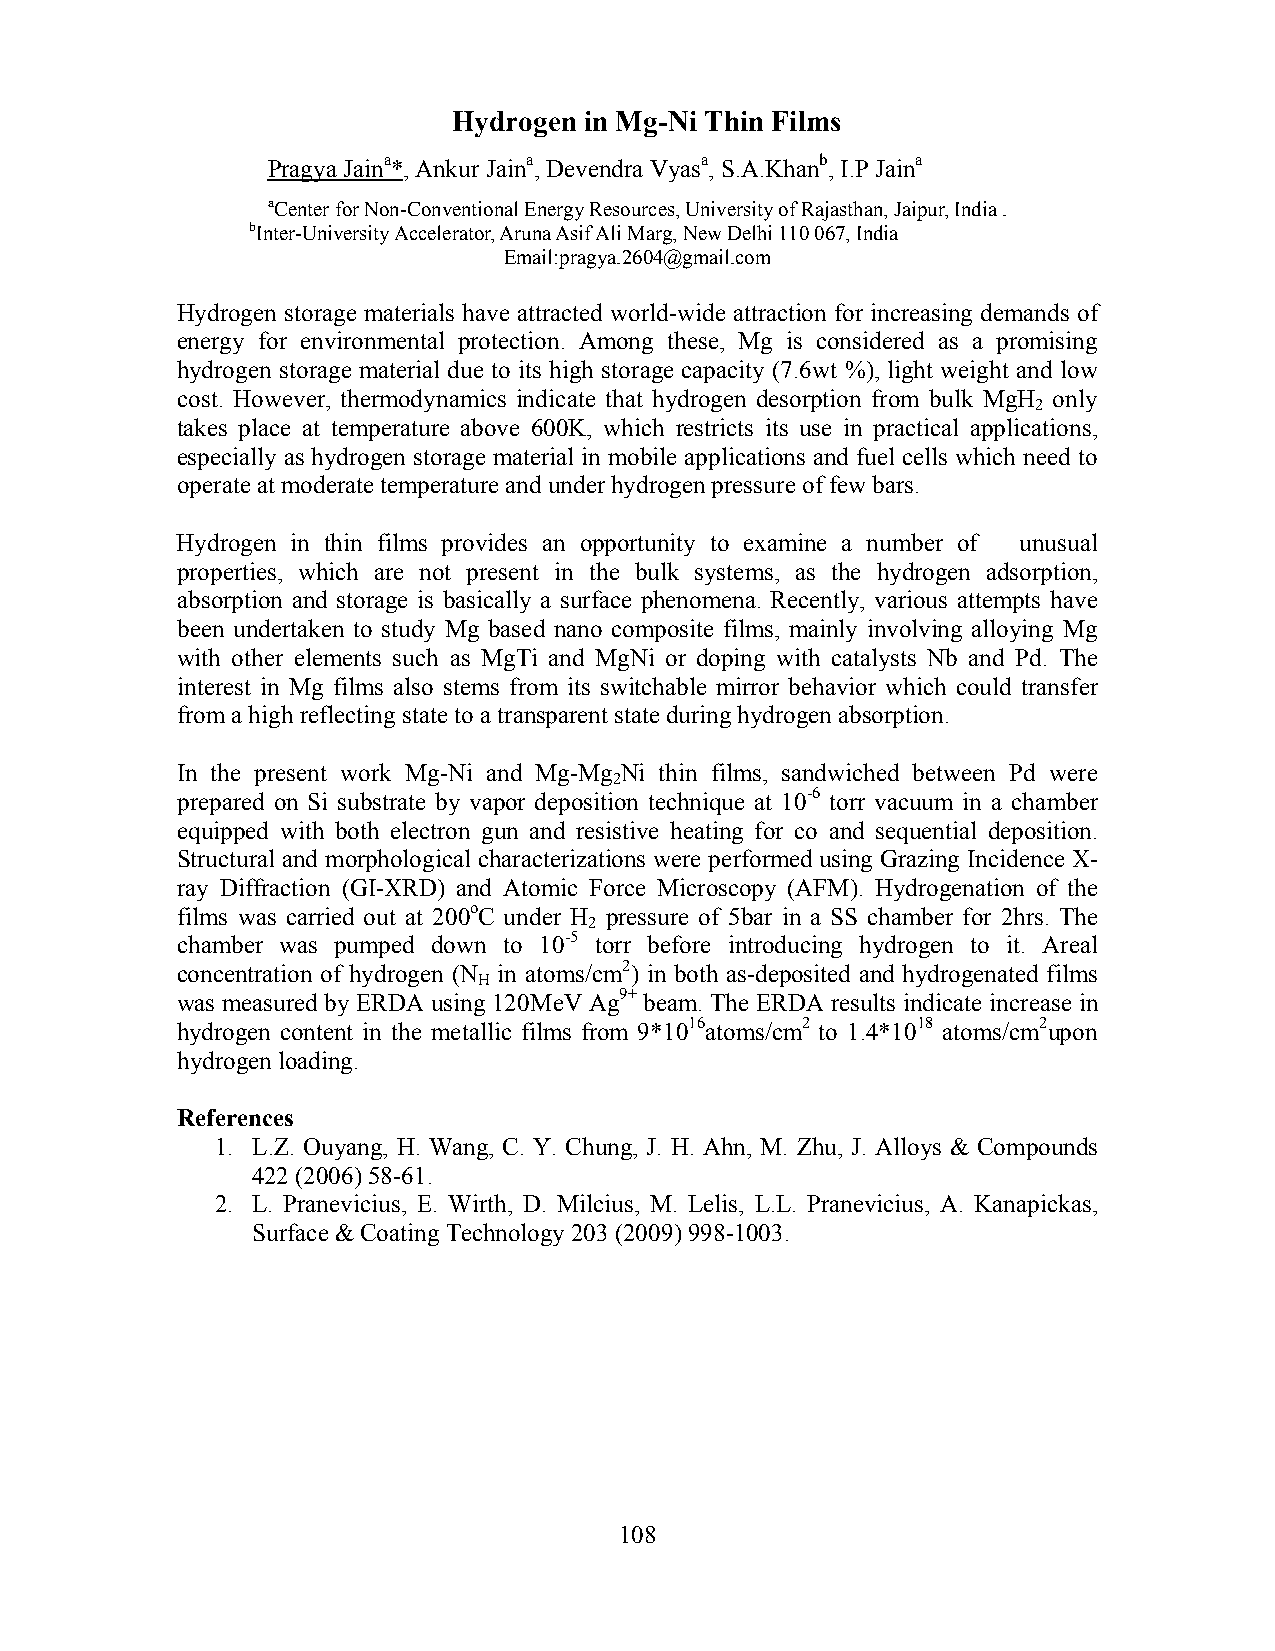
Hydrogen in Mg-Ni Thin Films
 Pragya Jaina*, Ankur Jaina, Devendra Vyasa, S.A.Khanb, I.P Jaina
 aCenter for Non-Conventional Energy Resources, University of Rajasthan, Jaipur, India .
 bInter-University Accelerator, Aruna Asif Ali Marg, New Delhi 110 067, India
 Email:pragya.2604@gmail.com
 Hydrogen storage materials have attracted world-wide attraction for increasing demands of
 energy for environmental protection. Among these, Mg is considered as a promising
 hydrogen storage material due to its high storage capacity (7.6wt %), light weight and low
 cost. However, thermodynamics indicate that hydrogen desorption from bulk MgH only
 2
 takes place at temperature above 600K, which restricts its use in practical applications,
 especially as hydrogen storage material in mobile applications and fuel cells which need to
 operate at moderate temperature and under hydrogen pressure of few bars.
 Hydrogen in thin films provides an opportunity to examine a number of unusual
 properties, which are not present in the bulk systems, as the hydrogen adsorption,
 absorption and storage is basically a surface phenomena. Recently, various attempts have
 been undertaken to study Mg based nano composite films, mainly involving alloying Mg
 with other elements such as MgTi and MgNi or doping with catalysts Nb and Pd. The
 interest in Mg films also stems from its switchable mirror behavior which could transfer
 from a high reflecting state to a transparent state during hydrogen absorption.
 In the present work Mg-Ni and Mg-Mg Ni thin films, sandwiched between Pd were
 2
 prepared on Si substrate by vapor deposition technique at 10-6 torr vacuum in a chamber
 equipped with both electron gun and resistive heating for co and sequential deposition.
 Structural and morphological characterizations were performed using Grazing Incidence X-
 ray Diffraction (GI-XRD) and Atomic Force Microscopy (AFM). Hydrogenation of the
 films was carried out at 200oC under H pressure of 5bar in a SS chamber for 2hrs. The
 2
 chamber was pumped down to 10-5 torr before introducing hydrogen to it. Areal
 concentration of hydrogen (N in atoms/cm2) in both as-deposited and hydrogenated films
 H
 was measured by ERDA using 120MeV Ag9+ beam. The ERDA results indicate increase in
 hydrogen content in the metallic films from 9*1016atoms/cm2 to 1.4*1018 atoms/cm2upon
 hydrogen loading.
 References
 1. L.Z. Ouyang, H. Wang, C. Y. Chung, J. H. Ahn, M. Zhu, J. Alloys & Compounds
 422 (2006) 58-61.
 2. L. Pranevicius, E. Wirth, D. Milcius, M. Lelis, L.L. Pranevicius, A. Kanapickas,
 Surface & Coating Technology 203 (2009) 998-1003.
 108